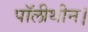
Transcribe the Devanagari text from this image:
पॉलीथीन।